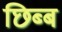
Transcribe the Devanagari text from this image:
छिब्ब